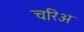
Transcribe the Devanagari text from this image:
चरिअ